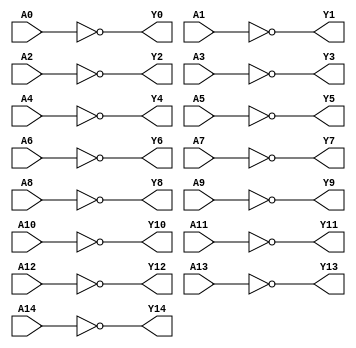
module NOT_GATE_15 (
	input wire A0,
	input wire A1,
	input wire A2,
	input wire A3,
	input wire A4,
	input wire A5,
	input wire A6,
	input wire A7,
	input wire A8,
	input wire A9,
	input wire A10,
	input wire A11,
	input wire A12,
	input wire A13,
	input wire A14,

	output wire Y0,
	output wire Y1,
	output wire Y2,
	output wire Y3,
	output wire Y4,
	output wire Y5,
	output wire Y6,
	output wire Y7,
	output wire Y8,
	output wire Y9,
	output wire Y10,
	output wire Y11,
	output wire Y12,
	output wire Y13,
	output wire Y14

);

assign Y0 = ~A0;
assign Y1 = ~A1;
assign Y2 = ~A2;
assign Y3 = ~A3;
assign Y4 = ~A4;
assign Y5 = ~A5;
assign Y6 = ~A6;
assign Y7 = ~A7;
assign Y8 = ~A8;
assign Y9 = ~A9;
assign Y10 = ~A10;
assign Y11 = ~A11;
assign Y12 = ~A12;
assign Y13 = ~A13;
assign Y14 = ~A14;

endmodule